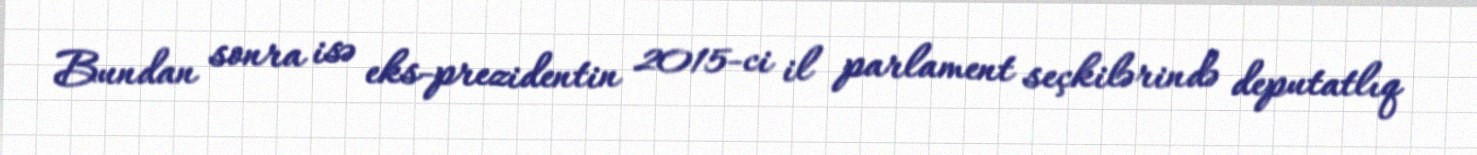
Bundan sonra isə eks-prezidentin 2015-ci il parlament seçkilərində deputatlıq